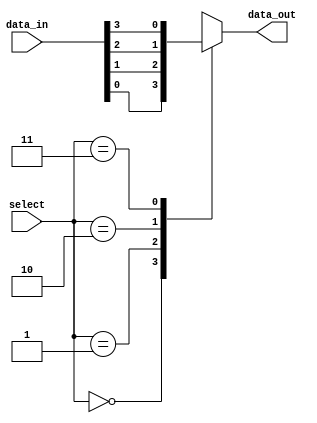
module multiplexer_4to1 (
    input [3:0] data_in,
    input [1:0] select,
    output reg data_out
);

always @(*)
begin
    case(select)
        2'b00: data_out = data_in[0];
        2'b01: data_out = data_in[1];
        2'b10: data_out = data_in[2];
        2'b11: data_out = data_in[3];
    endcase
end

endmodule